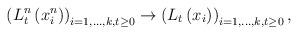
LaTeX: \begin{align*}\left(L^n_t\left(x_i^n\right)\right)_{i=1,\dots, k, t\geq 0}\rightarrow \left(L_t\left(x_i\right)\right)_{i=1,\dots, k, t\geq 0},\end{align*}